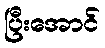
ပြီးအောင်